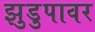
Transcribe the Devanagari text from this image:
झुडुपावर